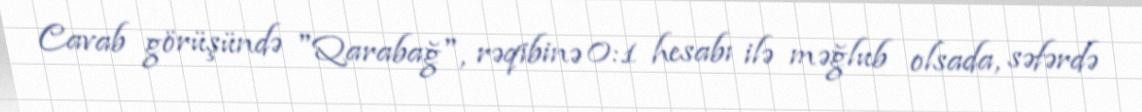
Cavab görüşündə "Qarabağ", rəqibinə 0:1 hesabı ilə məğlub olsada, səfərdə